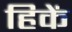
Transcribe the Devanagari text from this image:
हिकें